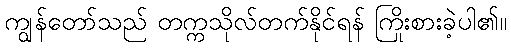
ကျွန်တော်သည် တက္ကသိုလ်တက်နိုင်ရန် ကြိုးစားခဲ့ပါ၏။